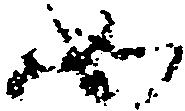
如